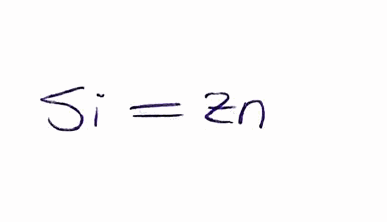
Simplified molecular-input line-entry system (SMILES) notation of the given molecule:
[Si]=[Zn]